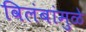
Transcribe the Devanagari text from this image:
विलंबांमुळे